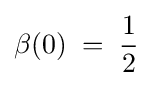
\beta (0)\;=\;{\frac {1}{2}}